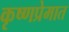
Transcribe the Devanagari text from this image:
कृष्णप्रेमात